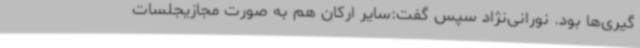
گیری‌ها بود. نورانی‌نژاد سپس گفت:سایر ارکان هم به صورت مجازیجلسات